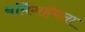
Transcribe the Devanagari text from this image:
बर्मिगहॅमला